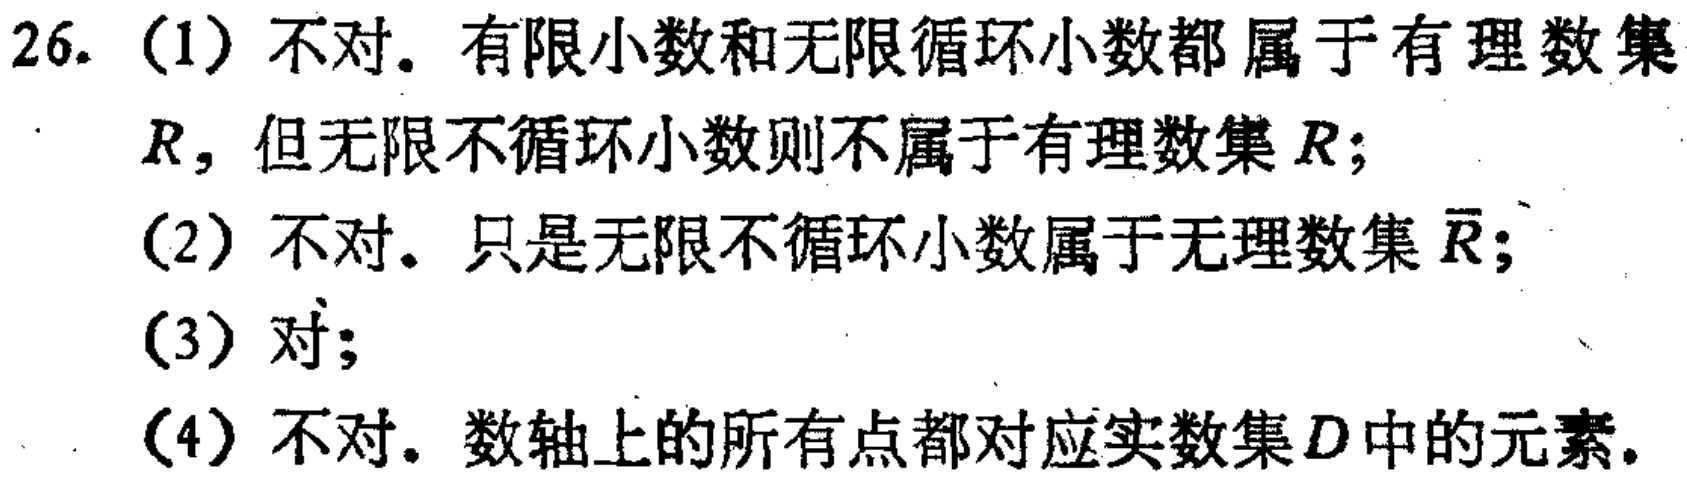
26. (1) 不对. 有限小数和无限循环小数都属于有理数集

\(R\)，但无限不循环小数则不属于有理数集\(R\)；

(2) 不对. 只是无限不循环小数属于无理数集\(\overline{R}\)；

(3) 对；

(4) 不对. 数轴上的所有点都对应实数集\(D\)中的元素.